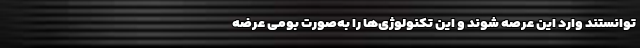
توانستند وارد این عرصه شوند و این تکنولوژی‌ها را به‌صورت بومی عرضه